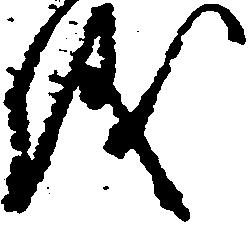
儀